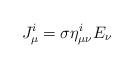
LaTeX: \begin{align*}J_\mu^i = \sigma \eta^i_{\mu\nu} E_\nu\end{align*}